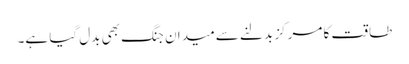
طاقت کا مرکز بدلنے سے میدانِ جنگ بھی بدل گیا ہے۔